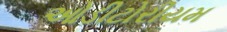
ઓડીટોરીયમ